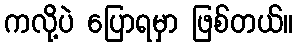
ကလို့ပဲ ပြောရမှာ ဖြစ်တယ်။